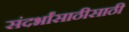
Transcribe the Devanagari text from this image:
संदर्भांसाठीसाठी